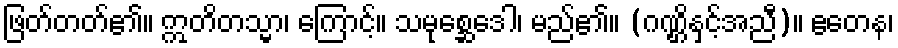
ဖြတ်တတ်၏။ ဣတိတသ္မာ၊ ကြောင့်။ သမုစ္ဆေဒေါ၊ မည်၏။ (ဂဏ္ဌိနှင့်အညီ)။ ဧတေန၊